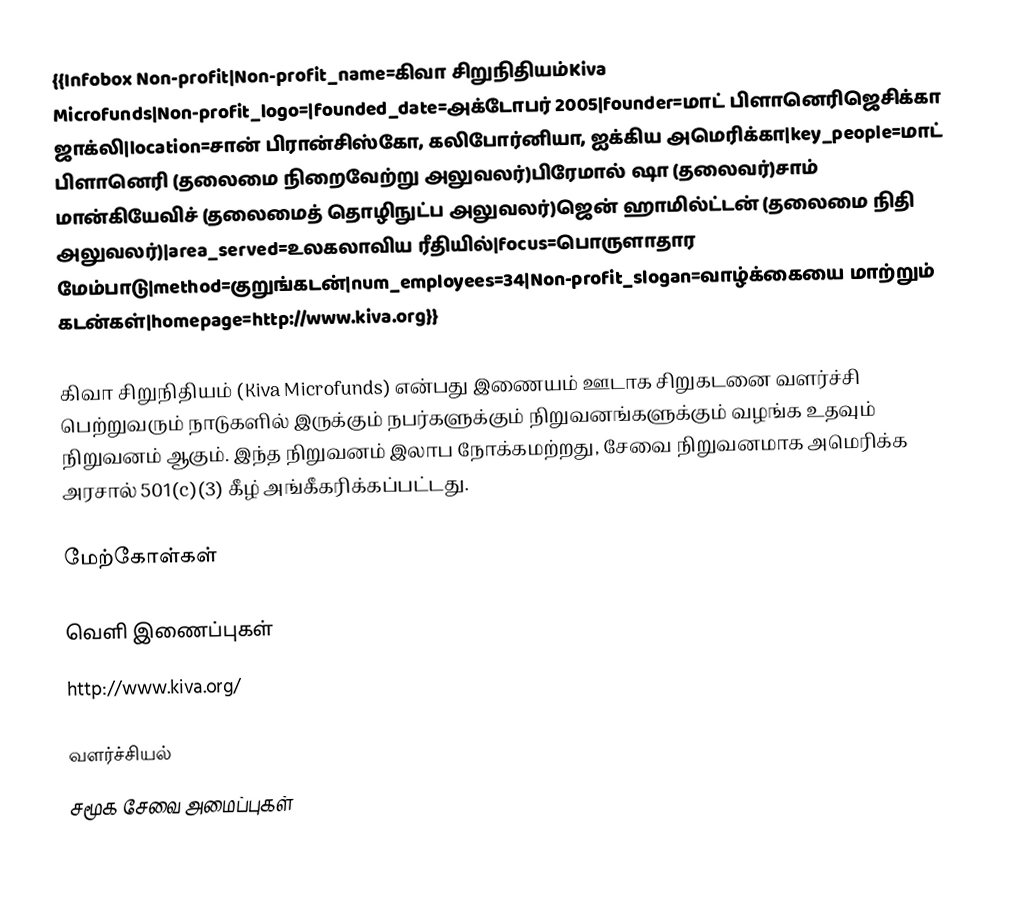
{{Infobox Non-profit|Non-profit_name=கிவா சிறுநிதியம்Kiva Microfunds|Non-profit_logo=|founded_date=அக்டோபர் 2005|founder=மாட் பிளானெரிஜெசிக்கா ஜாக்லி|location=சான் பிரான்சிஸ்கோ, கலிபோர்னியா, ஐக்கிய அமெரிக்கா|key_people=மாட் பிளானெரி (தலைமை நிறைவேற்று அலுவலர்)பிரேமால் ஷா (தலைவர்)சாம் மான்கியேவிச் (தலைமைத் தொழிநுட்ப அலுவலர்)ஜென் ஹாமில்ட்டன் (தலைமை நிதி அலுவலர்)|area_served=உலகலாவிய ரீதியில்|focus=பொருளாதார மேம்பாடு|method=குறுங்கடன்|num_employees=34|Non-profit_slogan=வாழ்க்கையை மாற்றும் கடன்கள்|homepage=http://www.kiva.org}}

கிவா சிறுநிதியம் (Kiva Microfunds) என்பது இணையம் ஊடாக சிறுகடனை வளர்ச்சி பெற்றுவரும் நாடுகளில் இருக்கும் நபர்களுக்கும் நிறுவனங்களுக்கும் வழங்க உதவும் நிறுவனம் ஆகும். இந்த நிறுவனம் இலாப நோக்கமற்றது, சேவை நிறுவனமாக அமெரிக்க அரசால் 501(c)(3) கீழ் அங்கீகரிக்கப்பட்டது.

மேற்கோள்கள்

வெளி இணைப்புகள்
 http://www.kiva.org/

வளர்ச்சியல்
சமூக சேவை அமைப்புகள்